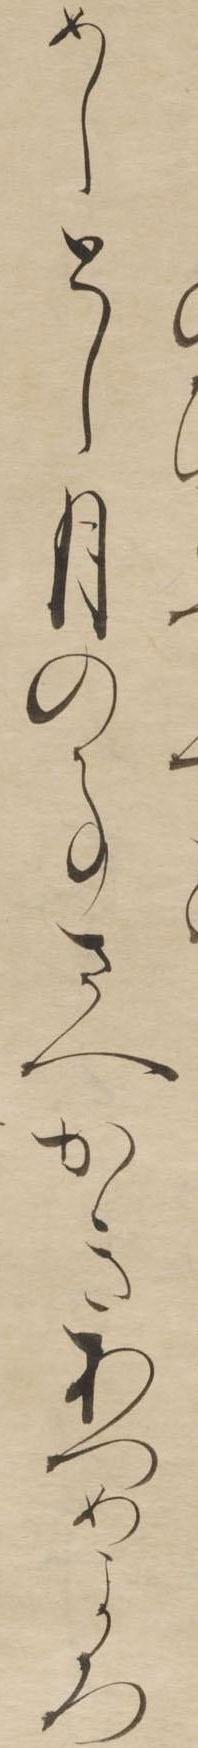
めしとし月の事さへかきあつめよろ